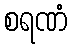
စရဏံ